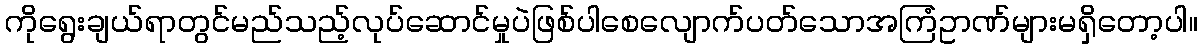
ကိုရွေးချယ်ရာတွင်မည်သည့်လုပ်ဆောင်မှုပဲဖြစ်ပါစေလျောက်ပတ်သောအကြံဥာဏ်များမရှိတော့ပါ။